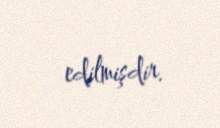
edilmişdir.